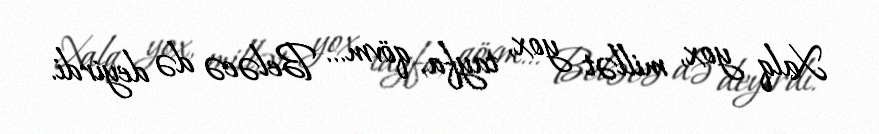
Xalq yox, millət yox, tayfa, qövm... Beləcə də deyirdi.